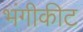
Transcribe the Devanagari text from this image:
भंगीकीट